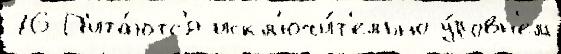
76 П'ита́ютс'я искл'ючи́т'ельно у́ровн'ем